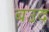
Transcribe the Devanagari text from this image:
बउद